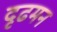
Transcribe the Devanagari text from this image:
दृढमन